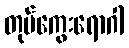
တုပ်ကွေးရောဂါ